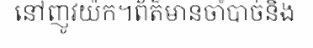
នៅញូវយ៉ក។ព័ត៌មានចាំបាច់និង